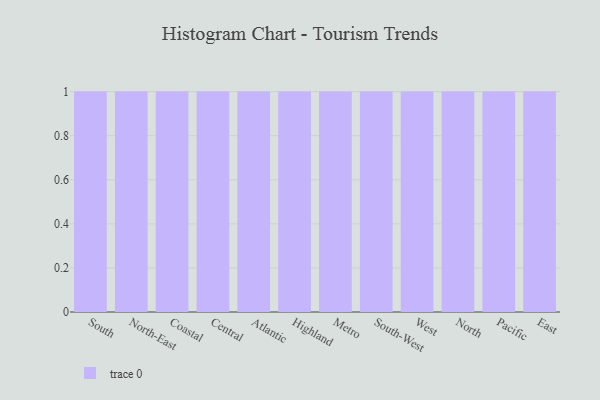
{"axis": {"x": "Region", "y": "LTV (USD)"}, "legend": [""], "data": [{"x": "South", "y": 72, "type": ""}, {"x": "North-East", "y": 21, "type": ""}, {"x": "Coastal", "y": 9, "type": ""}, {"x": "Central", "y": 38, "type": ""}, {"x": "Atlantic", "y": 100, "type": ""}, {"x": "Highland", "y": 13, "type": ""}, {"x": "Metro", "y": 98, "type": ""}, {"x": "South-West", "y": 83, "type": ""}, {"x": "West", "y": 60, "type": ""}, {"x": "North", "y": 58, "type": ""}, {"x": "Pacific", "y": 74, "type": ""}, {"x": "East", "y": 22, "type": ""}]}